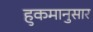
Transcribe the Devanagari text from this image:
हुकमानुसार